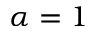
\alpha = 1